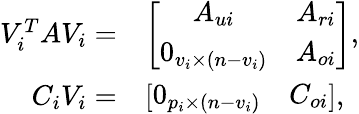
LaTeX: \begin{array}{rl}{V_{i}^{T}AV_{i}=}&{\left[\begin{array}{cc}{A_{ui}}&{A_{ri}}\\ {0_{v_{i}\times(n-v_{i})}}&{A_{oi}}\end{array}\right],}\\ {C_{i}V_{i}=}&{\left[\begin{array}{cc}{0_{p_{i}\times(n-v_{i})}}&{C_{oi}}\end{array}\right],}\end{array}